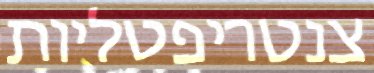
צנטריפטליות